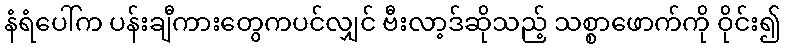
နံရံပေါ်က ပန်းချီကားတွေကပင်လျှင် ဗီးလာ့ဒ်ဆိုသည့် သစ္စာဖောက်ကို ဝိုင်း၍